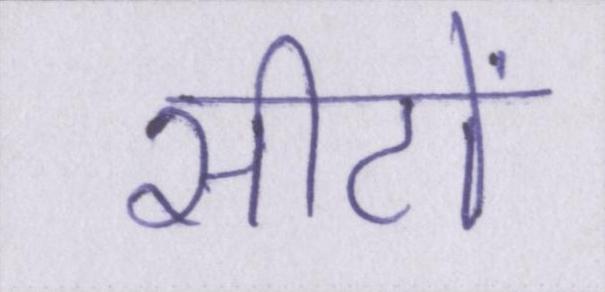
सीटों